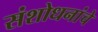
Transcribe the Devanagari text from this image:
संशोधनांचे